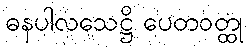
ဓနပါလသေဋ္ဌိ ပေတဝတ္ထု